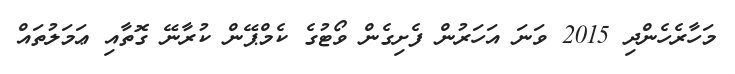
މަހާރެހެންދި 2015 ވަނަ އަހަރުން ފެށިގެން ވޯޓުގެ ކެމްޕޭން ކުރާނޭ ގޮތާއި ޢަމަލުތައް